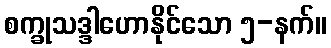
စက္ခုသဒ္ဒါဟောနိုင်သော ၅-နက်။